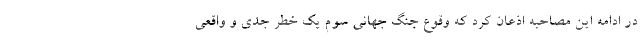
در ادامه این مصاحبه اذعان کرد که وقوع جنگ جهانی سوم یک خطر جدی و واقعی